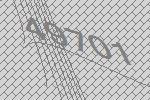
49701